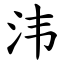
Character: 𣲗